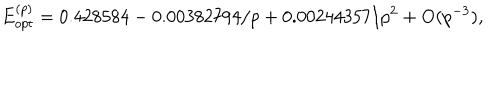
E _ { o p t } ^ { ( p ) } = 0 . 4 2 8 5 8 4 - 0 . 0 0 3 8 2 7 9 4 / p + 0 . 0 0 2 4 4 3 5 7 / p ^ { 2 } + \mathrm { O } ( p ^ { - 3 } ) ,